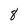
Character: 8